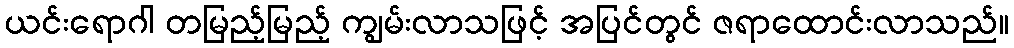
ယင်းရောဂါ တမြည့်မြည့် ကျွမ်းလာသဖြင့် အပြင်တွင် ဇရာထောင်းလာသည်။